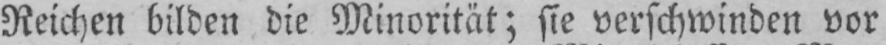
Reichen bilden die Minorität; sie verschwinden vor